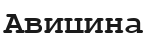
Авицина